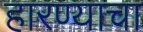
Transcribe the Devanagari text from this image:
हारण्याचा